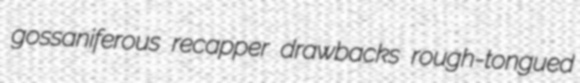
gossaniferous recapper drawbacks rough-tongued